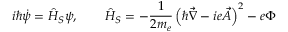
i \hbar \dot { \psi } = \hat { H } _ { S } \psi , \qquad \hat { H } _ { S } = - \frac { 1 } { 2 m _ { e } } \left( \hbar \vec { \nabla } - i e \vec { A } \right) ^ { 2 } - e \Phi